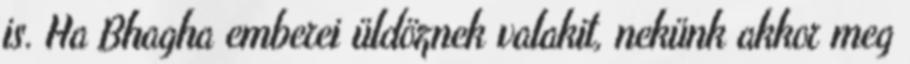
is. Ha Bhagha emberei üldöznek valakit, nekünk akkor meg